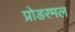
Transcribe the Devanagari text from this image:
प्रोडरमल